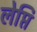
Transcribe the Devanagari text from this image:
लेप्ति